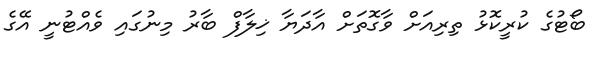
ބޯޓުގެ ކުރީކޮޅު ތިރިއަށް ވާގޮތަށް އާދަޔާ ޚިލާފް ބާރު މިނުގައި ވެއްޓުނީ އޭގެ